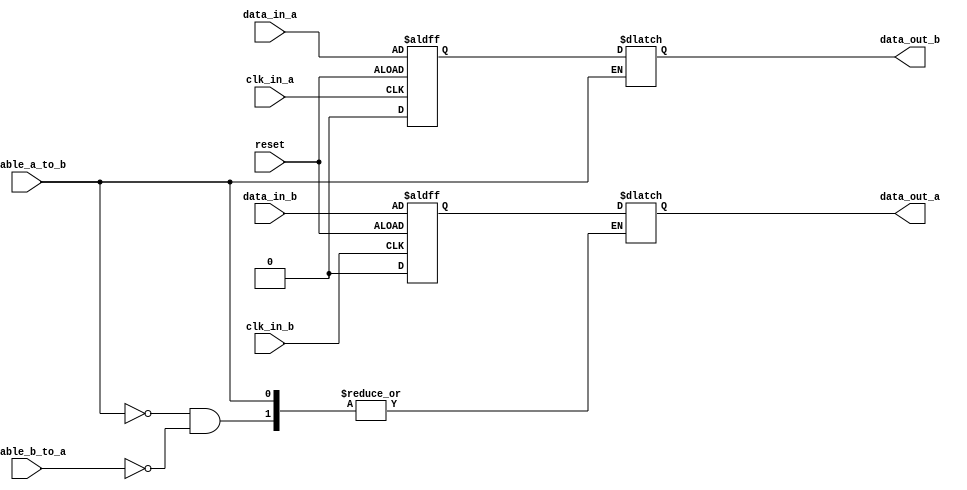
module two_way_bypass_register (
    input wire clk_in_a,
    input wire clk_in_b,
    input wire reset,
    input wire data_in_a,
    input wire data_in_b,
    input wire enable_a_to_b,
    input wire enable_b_to_a,
    output reg data_out_a,
    output reg data_out_b
);

reg synchronized_data_a;
reg synchronized_data_b;

always @(posedge clk_in_a or negedge reset) begin
    if (reset) begin
        synchronized_data_a <= 1'b0;
    end else begin
        synchronized_data_a <= data_in_a;
    end
end

always @(posedge clk_in_b or negedge reset) begin
    if (reset) begin
        synchronized_data_b <= 1'b0;
    end else begin
        synchronized_data_b <= data_in_b;
    end
end

always @(*) begin
    if (enable_a_to_b) begin
        data_out_b <= synchronized_data_a;
    end else if (enable_b_to_a) begin
        data_out_a <= synchronized_data_b;
    end
end

endmodule